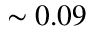
\sim 0 . 0 9